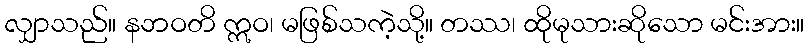
လျှာသည်။ နဘဝတိ ဣဝ၊ မဖြစ်သကဲ့သို့။ တဿ၊ ထိုမုသားဆိုသော မင်းအား။